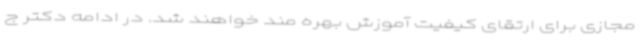
مجازی برای ارتقای کیفیت آموزش بهره مند خواهند شد. در ادامه دکتر ج